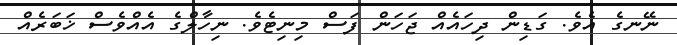
ނޭނގެ އެވެ. ގަޑިން ދިހައެއް ޖަހަން ފަސް މިނިޓެވެ. ނިހާލްގެ އެއްވެސް ޚަބަރެއް